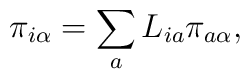
\pi_{i\alpha} = \sum_a L_{ia} \pi_{a\alpha},